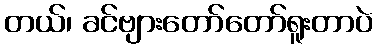
တယ်၊ ခင်ဗျားတော်တော်ရူးတာပဲ